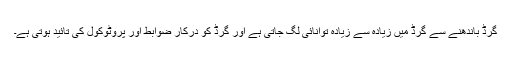
گرڈ باندھنے سے گرڈ میں زیادہ سے زیادہ توانائی لگ جاتی ہے اور گرڈ کو درکار ضوابط اور پروٹوکول کی تائید ہوتی ہے۔